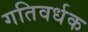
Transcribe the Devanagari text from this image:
गतिवर्धक